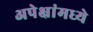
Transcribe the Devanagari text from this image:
अपेक्षांमध्ये